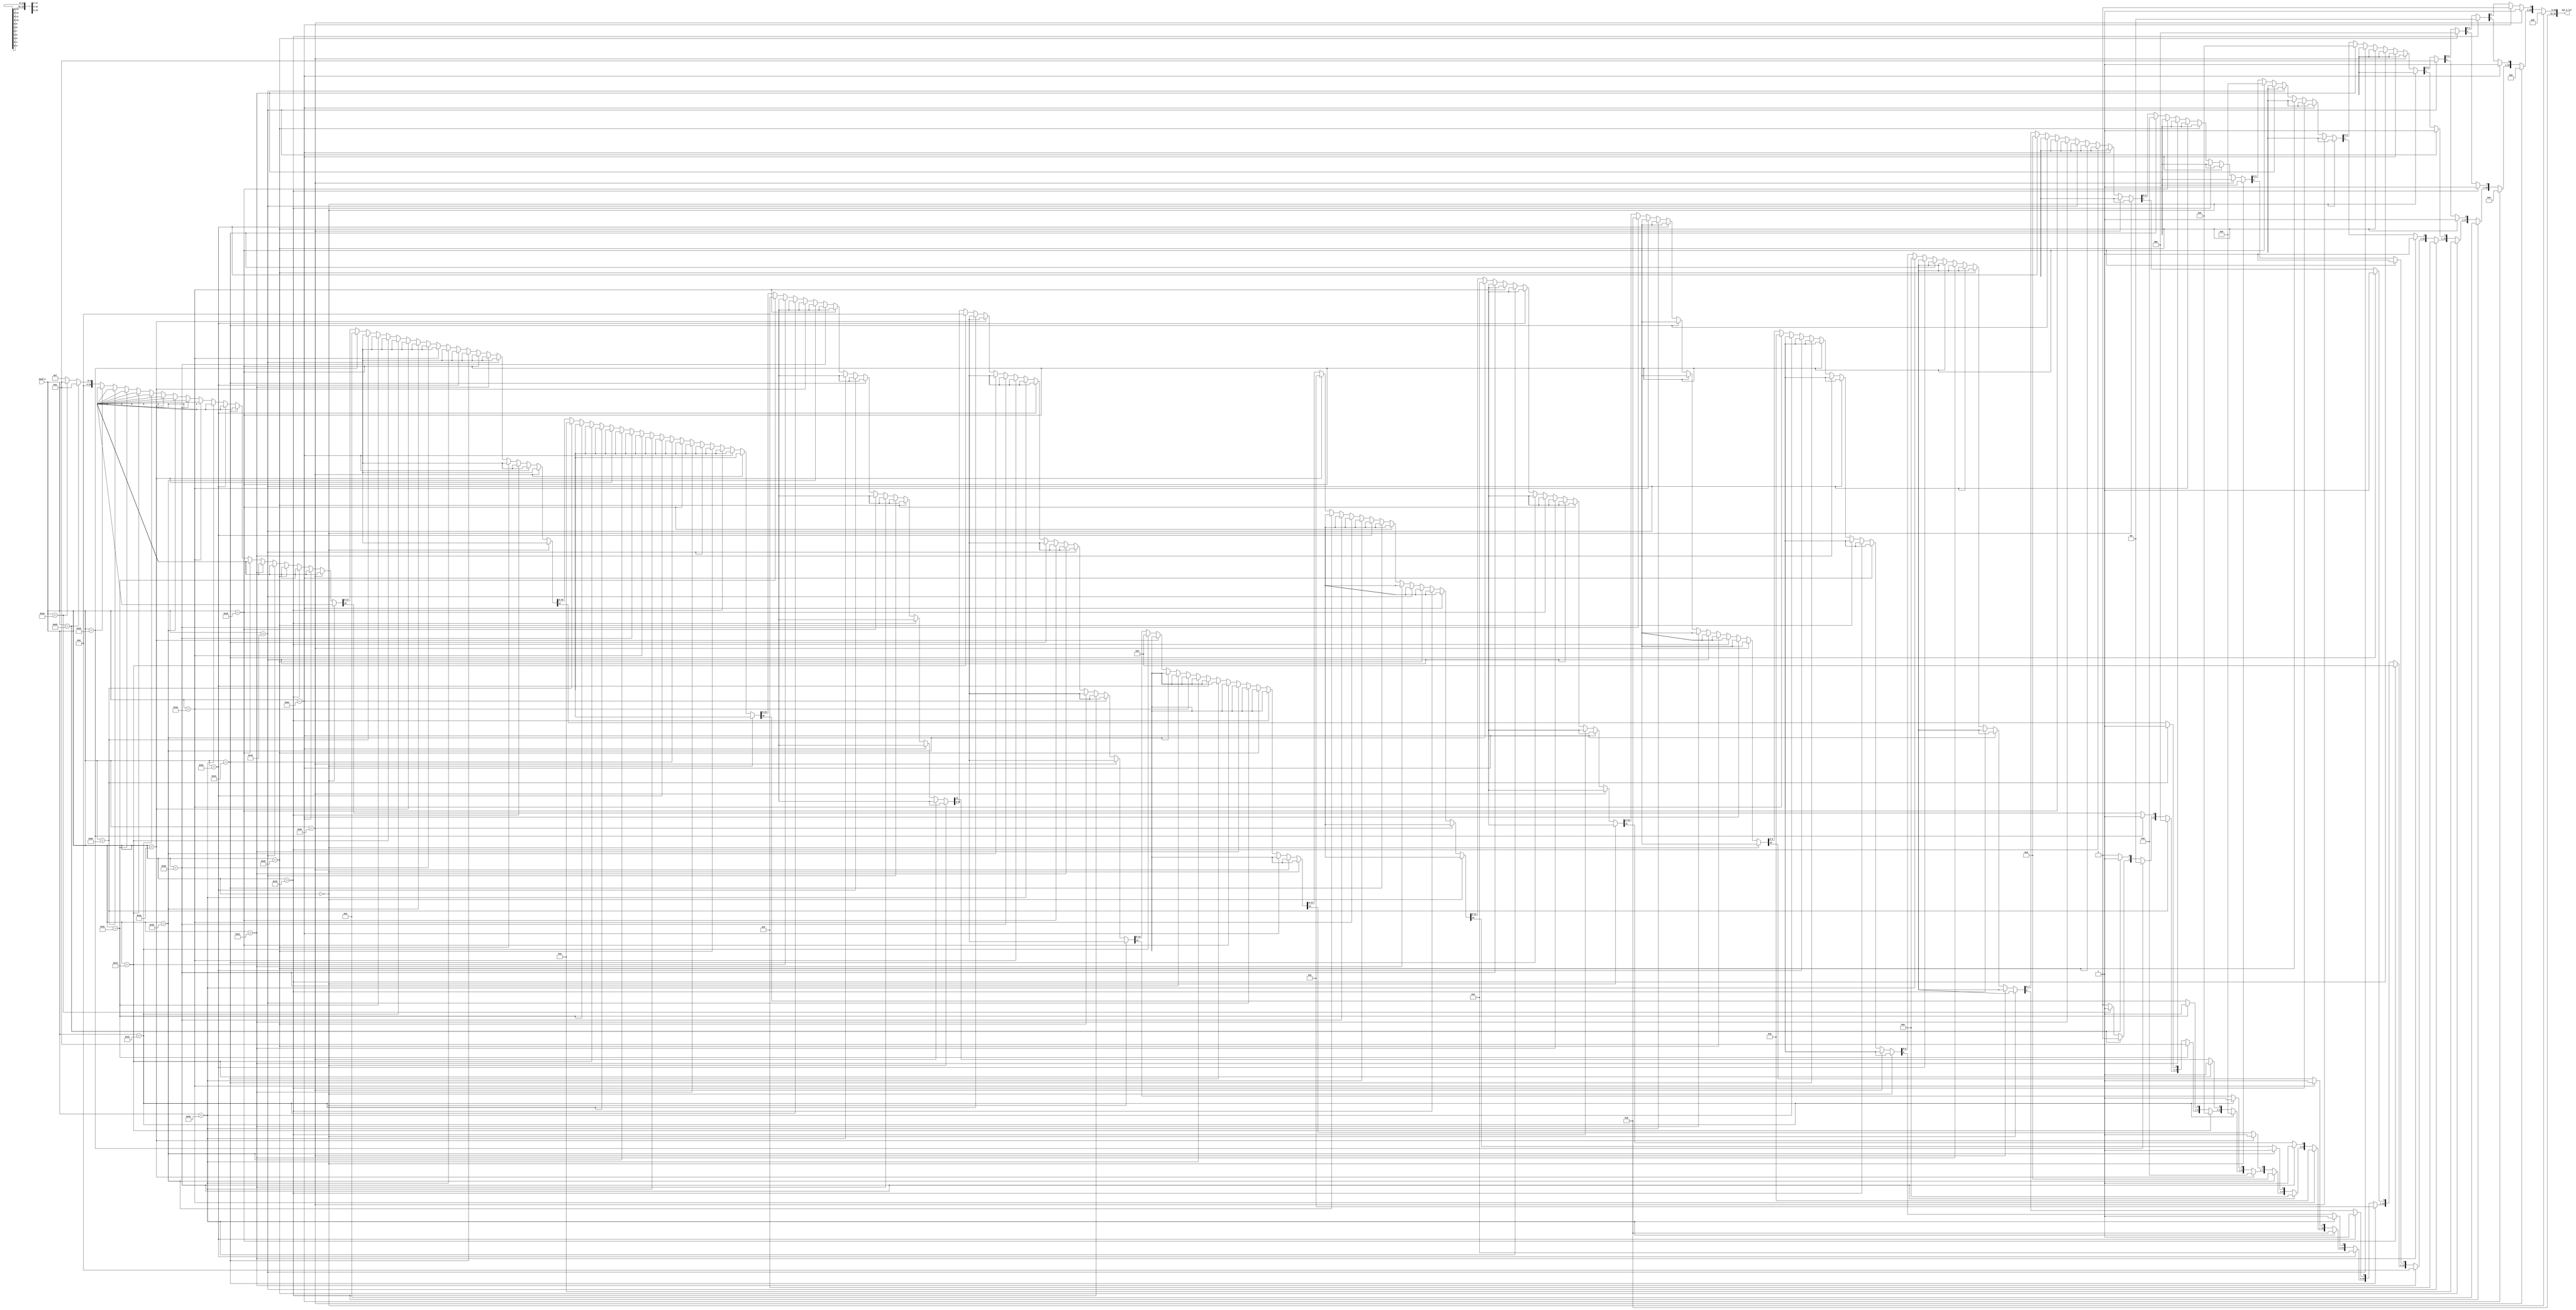
module Decode_A(
    input [6:0] Synd_A,
    output reg [31:0] sgl_A_loc 

);

always @(*)
     begin
     sgl_A_loc=0;
     
     if (Synd_A == 0)
        begin
        end      

     else if (Synd_A==97)
        begin
        sgl_A_loc[0]=1;
        end 
     else if (Synd_A==81)
        begin
        sgl_A_loc[1]=1;
        end   
     else if (Synd_A==25)
        begin
        sgl_A_loc[2]=1;
        end 
     else if (Synd_A==69)
        begin
        sgl_A_loc[3]=1;
        end 
     else if (Synd_A==67)
        begin
        sgl_A_loc[4]=1;
        end 
     else if (Synd_A==49)
        begin
        sgl_A_loc[5]=1;
        end 
     else if (Synd_A==41)
        begin
        sgl_A_loc[6]=1;
        end 
    else if (Synd_A==19)
        begin
        sgl_A_loc[7]=1;
        end 
    else if (Synd_A==98)
        begin
        sgl_A_loc[8]=1;
        end
    else if (Synd_A==82)
        begin
        sgl_A_loc[9]=1;
        end 
    else if (Synd_A==74)
        begin
        sgl_A_loc[10]=1;
        end 
    else if (Synd_A==70)
        begin
        sgl_A_loc[11]=1;
        end 
    else if (Synd_A==50)
        begin
        sgl_A_loc[12]=1;
        end  
    else if (Synd_A==42)
        begin
        sgl_A_loc[13]=1;
        end  
    else if (Synd_A==35)
        begin
        sgl_A_loc[14]=1;
        end  
    else if (Synd_A==26)
        begin
        sgl_A_loc[15]=1;
        end  
    else if (Synd_A==44)
        begin
        sgl_A_loc[16]=1;
        end 
    else if (Synd_A==100)
        begin
        sgl_A_loc[17]=1;
        end  
    else if (Synd_A==38)
        begin
        sgl_A_loc[18]=1;
        end 
    else if (Synd_A==37)
        begin
        sgl_A_loc[19]=1;
        end  
    else if (Synd_A==52)
        begin
        sgl_A_loc[20]=1;
        end    
     else 
        begin 
        sgl_A_loc = 4'b1111;
        end
     end
endmodule